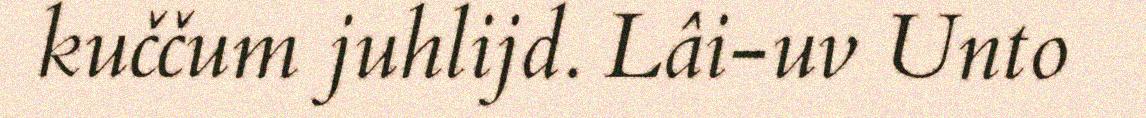
kuččum juhlijd. Lâi-uv Unto